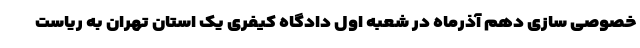
خصوصی سازی دهم آذرماه در شعبه اول دادگاه کیفری یک استان تهران به ریاست